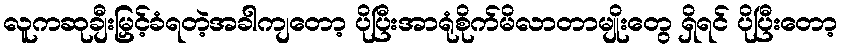
လူကဆုချီးမြှင့်ခံရတဲ့အခါကျတော့ ပိုပြီးအာရုံစိုက်မိလာတာမျိုးတွေ ရှိရင် ပိုပြီးတော့